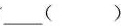
___（ ）